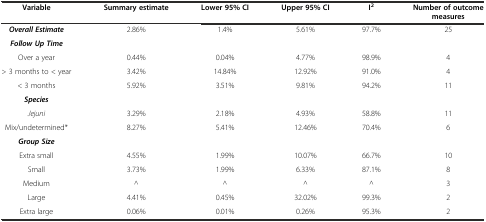
<table><thead><tr><td><b>Variable</b></td><td><b>Summary estimate</b></td><td><b>Lower 95% CI</b></td><td><b>Upper 95% CI</b></td><td><b>I<sup>2</sup></b></td><td><b>Number of outcome measures</b></td></tr></thead><tbody><tr><td><b><i>Overall Estimate</i></b></td><td>2.86%</td><td>1.4%</td><td>5.61%</td><td>97.7%</td><td>25</td></tr><tr><td><b><i>Follow Up Time</i></b></td><td></td><td></td><td></td><td></td><td></td></tr><tr><td>Over a year</td><td>0.44%</td><td>0.04%</td><td>4.77%</td><td>98.9%</td><td>4</td></tr><tr><td>&gt; 3 months to &lt; year</td><td>3.42%</td><td>14.84%</td><td>12.92%</td><td>91.0%</td><td>4</td></tr><tr><td>&lt; 3 months</td><td>5.92%</td><td>3.51%</td><td>9.81%</td><td>94.2%</td><td>11</td></tr><tr><td><b><i>Species</i></b></td><td></td><td></td><td></td><td></td><td></td></tr><tr><td><i>Jejuni</i></td><td>3.29%</td><td>2.18%</td><td>4.93%</td><td>58.8%</td><td>11</td></tr><tr><td>Mix/undetermined*</td><td>8.27%</td><td>5.41%</td><td>12.46%</td><td>70.4%</td><td>6</td></tr><tr><td><b><i>Group Size</i></b></td><td></td><td></td><td></td><td></td><td></td></tr><tr><td>Extra small</td><td>4.55%</td><td>1.99%</td><td>10.07%</td><td>66.7%</td><td>10</td></tr><tr><td>Small</td><td>3.73%</td><td>1.99%</td><td>6.33%</td><td>87.1%</td><td>8</td></tr><tr><td>Medium</td><td>^</td><td>^</td><td>^</td><td>^</td><td>3</td></tr><tr><td>Large</td><td>4.41%</td><td>0.45%</td><td>32.02%</td><td>99.3%</td><td>2</td></tr><tr><td>Extra large</td><td>0.06%</td><td>0.01%</td><td>0.26%</td><td>95.3%</td><td>2</td></tr></tbody></table>